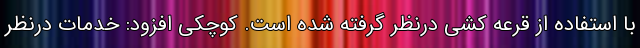
با استفاده از قرعه کشی درنظر گرفته شده است. کوچکی افزود: خدمات درنظر